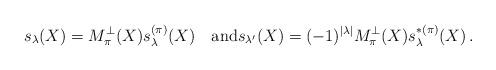
LaTeX: \begin{align*}s_\lambda(X) = M^\perp_\pi(X) s^{(\pi)}_\lambda(X) \quad\mbox{and}{s_{\lambda'}(X) = (-1)^{|\lambda|} {M}^\perp_\pi(X) s^{*(\pi)}_{\lambda}(X)}\,.\end{align*}